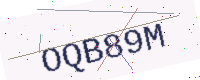
Text: OQB89M